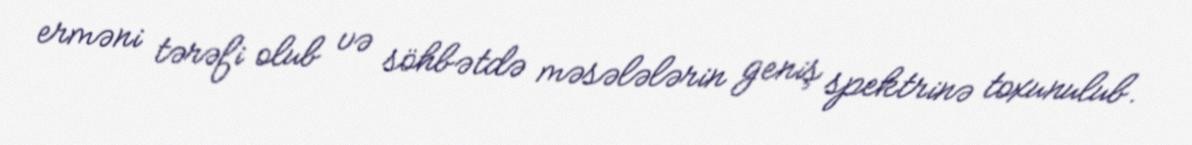
erməni tərəfi olub və söhbətdə məsələlərin geniş spektrinə toxunulub.